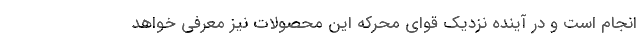
انجام است و در آینده نزدیک قوای محرکه این محصولات نیز معرفی خواهد